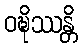
ဝဍ္ဎိဿန္တိ